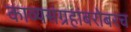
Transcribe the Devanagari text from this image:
काव्यसंग्रहांबरोबरच